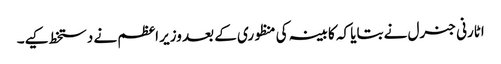
اٹارنی جنرل نے بتایا کہ کابینہ کی منظوری کے بعد وزیر اعظم نے دستخط کیے۔